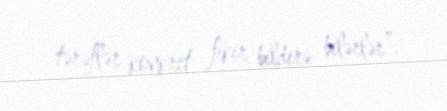
tərəflər konkret fikir bildirə bilərlər”.